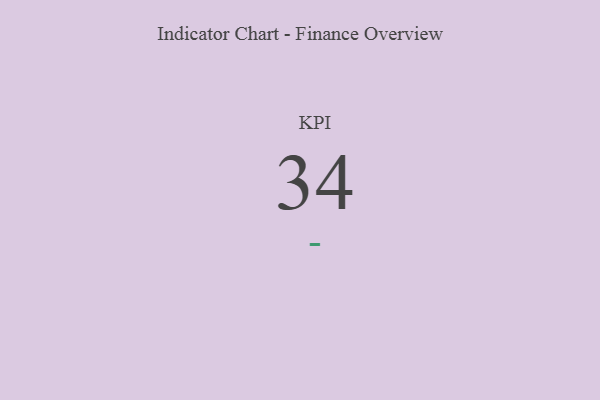
{"axis": {"x": "KPI", "y": "Value"}, "legend": [""], "data": [{"x": "KPI", "y": 34, "type": ""}]}